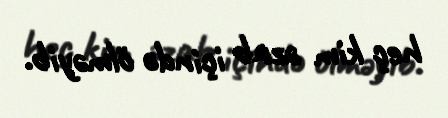
heç kim əzab içində ölməyib.